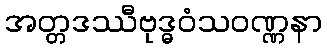
အတ္တဒဿီဗုဒ္ဓဝံသဝဏ္ဏနာ